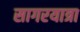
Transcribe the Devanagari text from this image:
सागरयात्रा